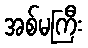
အစ်မကြီး